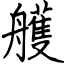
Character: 艧